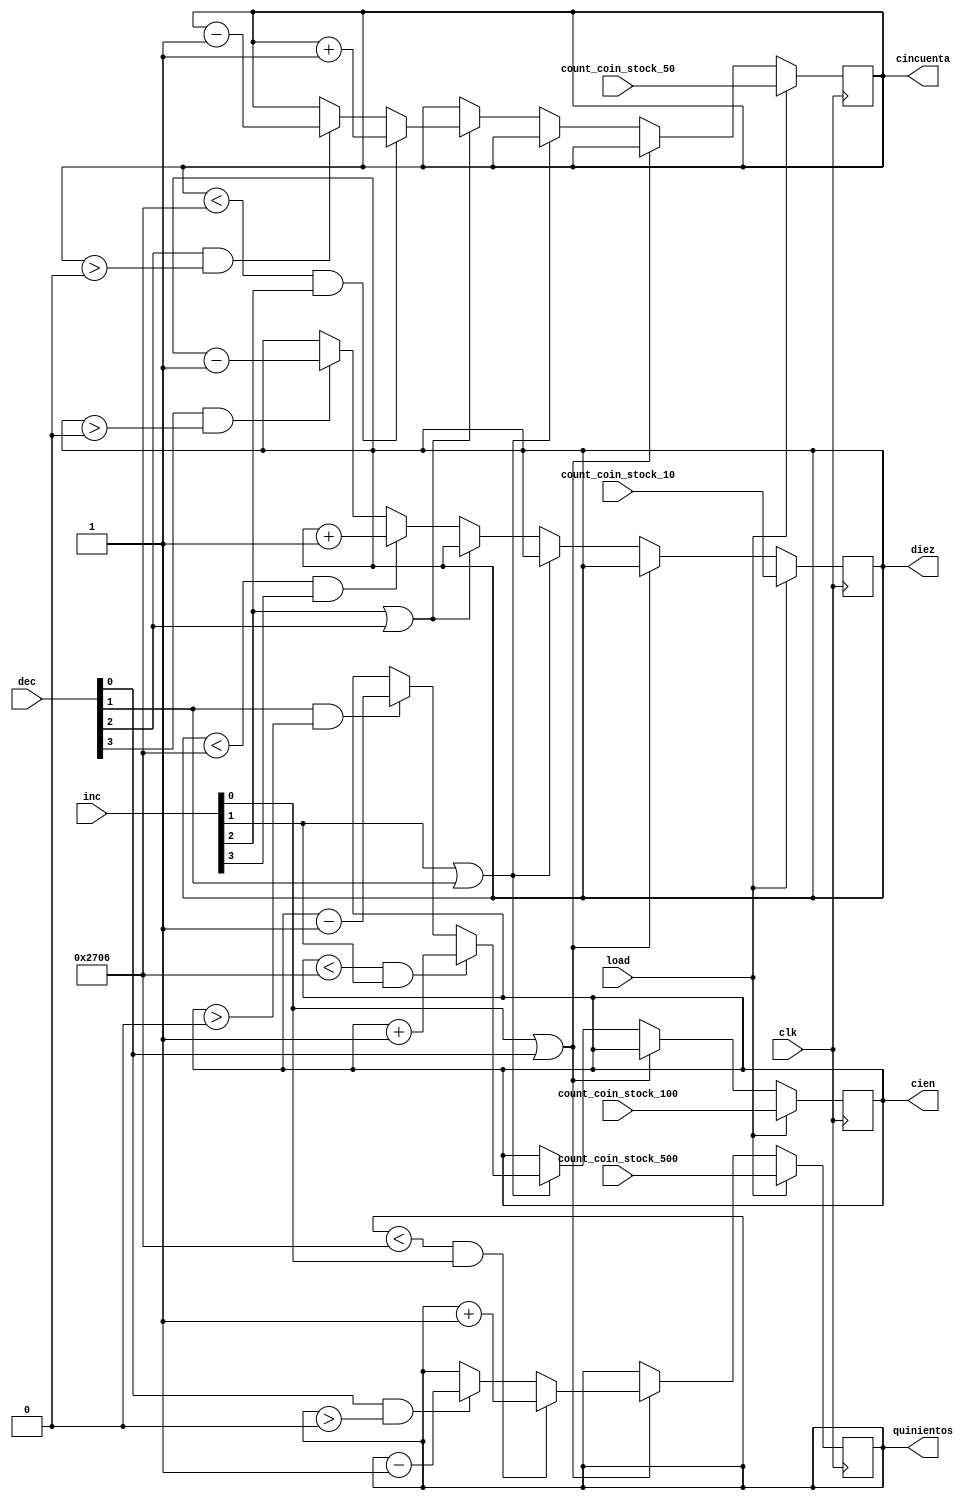
	`timescale 1ns / 1ps
/*
				
8	El formato de los contadores de monedas es [500, 100, 50, 10].						
9	Partir con el config_mode y el incremento de la cantidad de monedas y productos.						
*/
module counter_coin_stock(
    input clk,
    input [3:0]inc,
    input [3:0]dec,
    input [13:0] count_coin_stock_500,
    input [13:0] count_coin_stock_100,
    input [13:0] count_coin_stock_50,
    input [13:0] count_coin_stock_10,
    input load,
    output [13:0]quinientos,
    output [13:0]cien,
    output [13:0]cincuenta,
    output [13:0]diez
    );
     
    
    reg [13:0]cuenta[3:0];   
    assign quinientos = cuenta[0];
    assign cien =  cuenta[1];
    assign cincuenta =  cuenta[2];
    assign diez =  cuenta[3];

    parameter c0 = 0; // 500
    parameter c1 = 0; // 100
    parameter c2 = 0; // 50
    parameter c3 = 0; // 10
    
    initial
    begin
    cuenta[0] = c0;
    cuenta[1] = c1;
    cuenta[2] = c2;
    cuenta[3] = c3;
    end
    
always @(posedge clk)
begin
if (load)
begin
cuenta[0] = count_coin_stock_500;
cuenta[1] = count_coin_stock_100;
cuenta[2] = count_coin_stock_50;
cuenta[3] = count_coin_stock_10;
end
else if(inc[0]|dec[0])
    begin
    if((cuenta[0] <9990) && inc[0])
        cuenta[0] = cuenta[0] + 1;
    else if (dec[0] &&(cuenta[0]>0))
        cuenta[0] = cuenta[0] - 1;
    end
else if(inc[1]|dec[1])
    begin
    if((cuenta[1] <9990) && inc[1])
        cuenta[1] = cuenta[1] + 1;
    else if (dec[1] &&(cuenta[1]>0))
        cuenta[1] = cuenta[1] - 1;
    end
else if(inc[2]|dec[2])
    begin
    if((cuenta[2] <9990) && inc[2])
        cuenta[2] = cuenta[2] + 1;
    else if (dec[2] &&(cuenta[2]>0))
        cuenta[2] = cuenta[2] - 1;
    end
else
    begin
    if((cuenta[3] <9990) && inc[3])
        cuenta[3] = cuenta[3] + 1;
    else if (dec[3] &&(cuenta[3]>0))
        cuenta[3] = cuenta[3] - 1;
    end
end    
endmodule